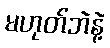
မဟုတ်ဘဲနဲ့